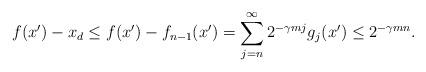
LaTeX: \begin{align*} f(x') - x_d \leq f(x') - f_{n-1}(x') = \sum_{j = n}^\infty 2^{- \gamma m j} g_j(x')\le 2^{- \gamma m n}.\end{align*}